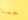
حسنا